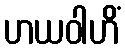
ဟယဝါဟိံ